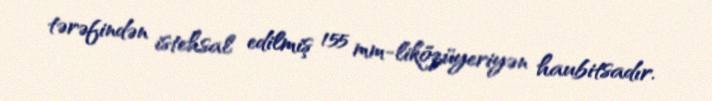
tərəfindən istehsal edilmiş 155 mm-liközüyeriyən haubitsadır.